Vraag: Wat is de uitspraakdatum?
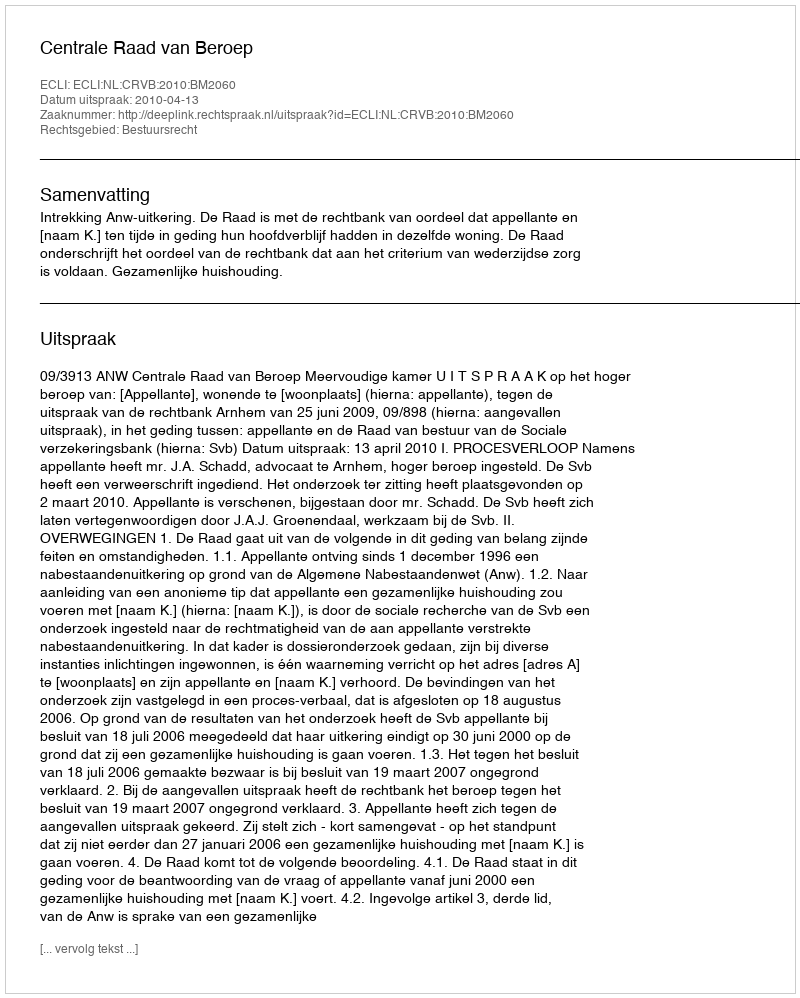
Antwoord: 2010-04-13